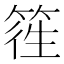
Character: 𥯁